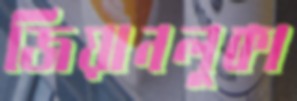
জিয়ানলুকা